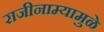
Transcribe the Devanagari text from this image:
राजीनाम्यामुळे